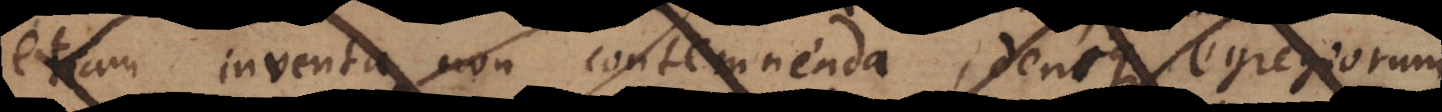
etiam inventa non contemnenda denique gregorum